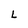
Character: L